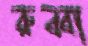
রুব্বা